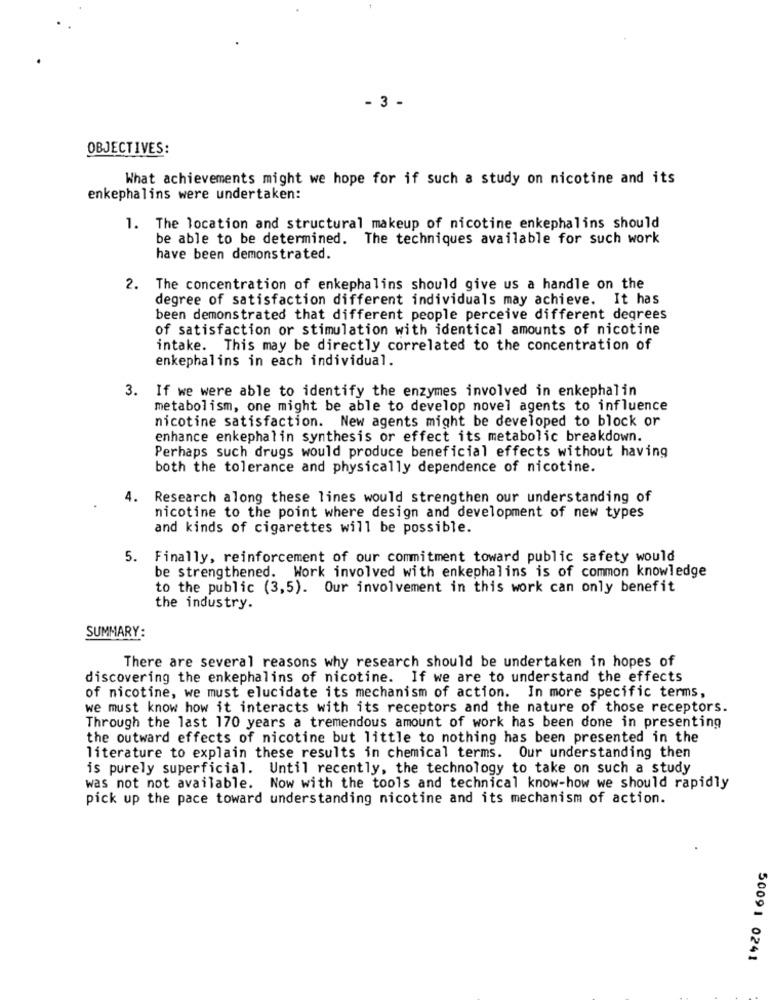
- 3 -
OBJECTIVES:
What achievements might we hope for if such a study on nicotine and its
enkephalins were undertaken:
1. The location and structural makeup of nicotine enkephalins should
be able to be determined. The techniques available for such work
have been demonstrated.
2. The concentration of enkephalins should give us a handle on the
degree of satisfaction different individuals may achieve. It has
been demonstrated that different people perceive different degrees
of satisfaction or stimulation with identical amounts of nicotine
intake. This may be directly correlated to the concentration of
enkephalins in each individual.
3. If we were able to identify the enzymes involved in enkephalin
metabolism, one might be able to develop novel agents to influence
nicotine satisfaction. New agents might be developed to block or
enhance enkephalin synthesis or effect its metabolic breakdown.
Perhaps such drugs would produce beneficial effects without having
both the tolerance and physically dependence of nicotine.
4. Research along these lines would strengthen our understanding of
nicotine to the point where design and development of new types
and kinds of cigarettes will be possible.
5. Finally, reinforcement of our commitment toward public safety would
be strengthened. Work involved with enkephalins is of common knowledge
to the public (3,5). Our involvement in this work can only benefit
the industry.
SUMMARY:
There are several reasons why research should be undertaken in hopes of
discovering the enkephalins of nicotine. If we are to understand the effects
of nicotine, we must elucidate its mechanism of action. In more specific terms,
we must know how it interacts with its receptors and the nature of those receptors.
Through the last 170 years a tremendous amount of work has been done in presenting
the outward effects of nicotine but little to nothing has been presented in the
literature to explain these results in chemical terms. Our understanding then
is purely superficial. Until recently, the technology to take on such a study
was not not available. Now with the tools and technical know-how we should rapidly
pick up the pace toward understanding nicotine and its mechanism of action.
50091 0241